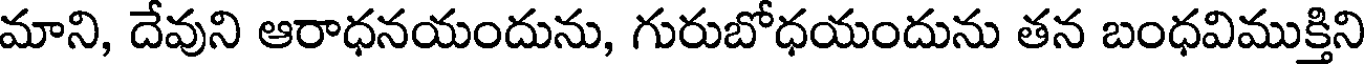
మాని, దేవుని ఆరాధనయందును, గురుబోధయందును తన బంధవిముక్తిని